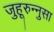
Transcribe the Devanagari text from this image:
जुहूरुन्नुसा